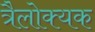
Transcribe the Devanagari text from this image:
त्रैलोक्यक